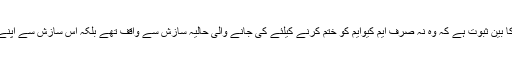
یہ جناب الطاف حسین کی قائدانہ صلاحیتوں کا بین ثبوت ہے کہ وہ نہ صرف ایم کیوایم کو ختم کرنے کیلئے کی جانے والی حالیہ سازش سے واقف تھے بلکہ اس سازش سے اپنے کارکنان وعوام کو بھی آگاہ کرچکے تھے ۔